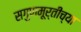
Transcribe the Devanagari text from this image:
सगुणमूर्तीच्या